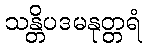
သန္တိပဒမနုတ္တရံ